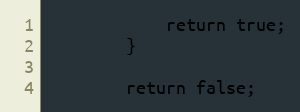
Language: PHP
            return true;
        }

        return false;